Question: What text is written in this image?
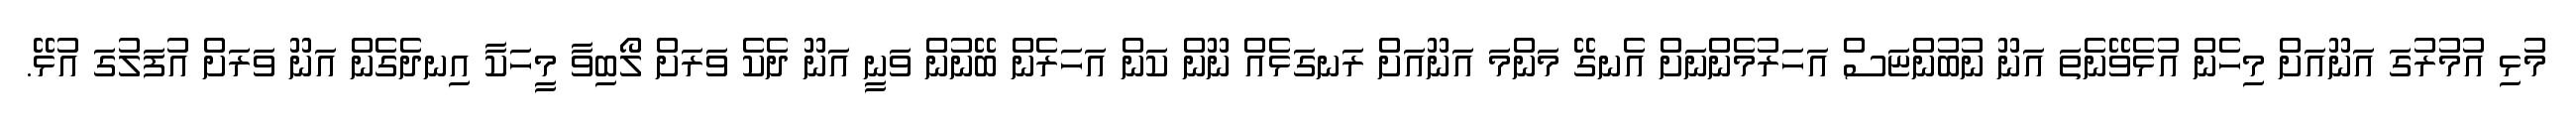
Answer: މުޅި އުމުރުގަ އަނޫއަށް މިހެން އުޅެވޭނެތަ އަނޫ ނުބުންޏަސް އަހަރުމެންނަށް އެނގޭ މަންމަ އަނޫއަށް ރަނގަޅެއް ނޫން ކަން އަހަރެން ބޭނުން ވަނީ އަނޫ ދެކެ ވަރަށް ލޯބިވާ މީހަކާ އިނދެގެން އަނޫ ވަރަށް އުފަލުގަ އުޅޭ.